Veterinary [1909] -
Year: 1909
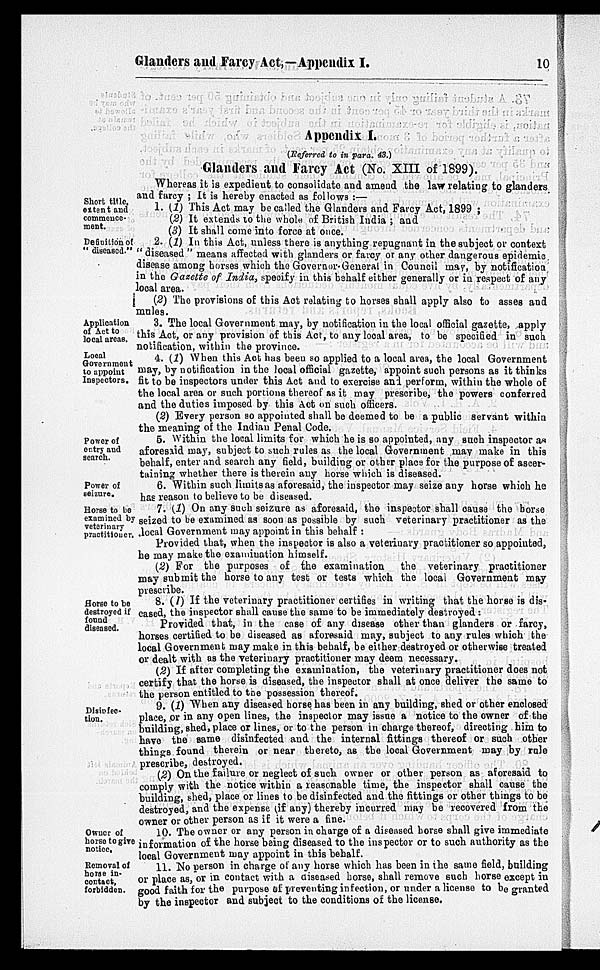
Glanders and Farcy Act,—Appendix I.
10
Appendix I.
(Referred to in para. 43.)
Glanders and Farcy Act (No. XIII of 1899).
Whereas it is expedient to consolidate and amend the law relating to glanders
and farcy ; It is hereby enacted as follows :—
Short title,
extent and
commence-
ment.
1. (1) This Act may be called the Glanders and Farcy Act, 1899 ;
(2) It extends to the whole of British India ; and
(3) It shall come into force at once.
Definition of
" diseased."
2. (1) In this Act, unless there is anything repugnant in the subject or context
"diseased " means affected with glanders or farcy or any other dangerous epidemic
disease among horses which the Governor-General in Council may, by notification
in the Gazette of India, specify in this behalf either generally or in respect of any
local area.
(2) The provisions of this Act relating to horses shall apply also to asses and
mules.
Application
of Act to
local areas.
3. The local Government may, by notification in the local official gazette, apply
this Act, or any provision of this Act, to any local area, to be specified in such
notification, within the province.
Local
Government
to appoint
Inspectors.
4. (1) When this Act has been so applied to a local area, the local Government
may, by notification in the local official gazette, appoint such persons as it thinks
fit to be inspectors under this Act and to exercise and perform, within the whole of
the local area or such portions thereof as it may prescribe, the powers conferred
and the duties imposed by this Act on such officers.
(2) Every person so appointed shall be deemed to be a public servant within
the meaning of the Indian Penal Code.
Power of
entry and
search.
5. Within the local limits for which he is so appointed, any such inspector as
aforesaid may, subject to such rules as the local Government may make in this
behalf, enter and search any field, building or other place for the purpose of ascer-
taining whether there is therein any horse which is diseased.
Power of
seizure.
6. Within such limits as aforesaid, the inspector may seize any horse which he
has reason to believe to be diseased.
Horse to be
examined by
veterinary
practitioner.
7. (1) On any such seizure as aforesaid, the inspector shall cause the borse
seized to be examined as soon as possible by such veterinary practitioner as the
local Government may appoint in this behalf :
Provided that, when the inspector is also a veterinary practitioner so appointed,
he may make the examination himself.
(2) For the purposes of the examination
the veterinary practitioner
may submit the horse to any test or tests which the local Government may
prescribe.
Horse to be
destroyed if
found
diseased.
8. (1) If the veterinary practitioner certifies in writing that the horse is dis-
-ased, the inspector shall cause the same to be immediately destroyed:
Provided that, in the case of any disease other than glanders or farcy,
horses certified to be diseased as aforesaid may, subject to any rules which the
local Government may make in this behalf, be either destroyed or otherwise treated
or dealt with as the veterinary practitioner may deem necessary.
(2) If after completing the examination, the veterinary practitioner does not
certify that the horse is diseased, the inspector shall at once deliver the same to
the person entitled to the possession thereof.
Disinfec¬
tion.
9. (1) When any diseased horse has been in any building, shed or other enclosed
place, or in any open lines, the inspector may issue a notice to the owner of the
building, shed, place or lines, or to the person in charge thereof, directing him to
have the same disinfected and the internal fittings thereof or such other
things found therein or near thereto, as the local Government may by rule
prescribe, destroyed.
(2) On the failure or neglect of such owner or other person as aforesaid to
comply with the notice within a reasonable time, the inspector shall cause the
building, shed, place or lines to be disinfected and the fittings or other things to be
destroyed, and the expense (if any) thereby incurred may be recovered from the
owner or other person as if it were a fine.
Owner of
horse to give
notice.
10. The owner or any person in charge of a diseased horse shall give immediate
information of the horse being diseased to the inspector or to such authority as the
local Government may appoint in this behalf.
Removal of
horse in¬
contact,
forbidden.
11. No person in charge of any horse which has been in the same held, building
or place as, or in contact with a diseased horse, shall remove such horse except in
good faith for the purpose of preventing infection, or under a license to be granted
by the inspector and subject to the conditions of the license.